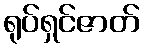
ရုပ်ရှင်ဇာတ်